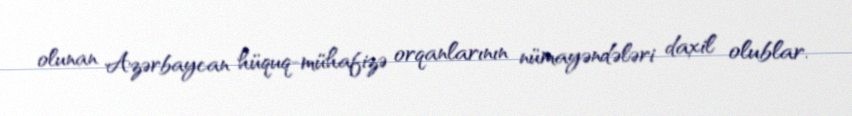
olunan Azərbaycan hüquq-mühafizə orqanlarının nümayəndələri daxil olublar.